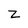
Character: Z